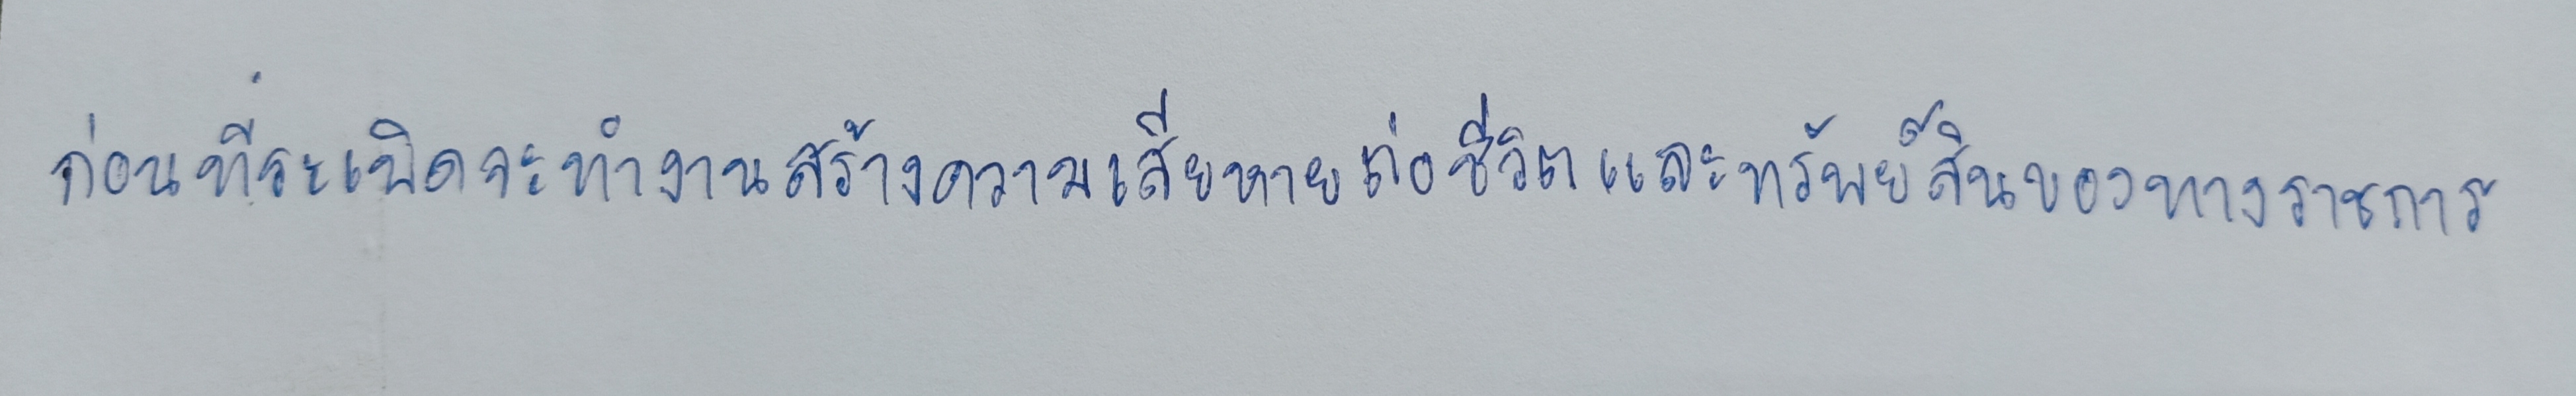
ก่อนที่ระเบิดจะทำงานสร้างความเสียหายต่อชีวิตและทรัพย์สินของทางราชการ